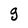
Character: g